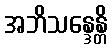
အဘိသန္ဒေန္တိ